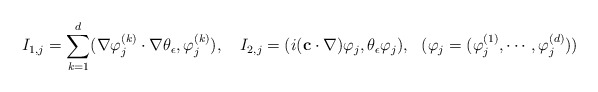
\begin{align*}I_{1,j}=\sum_{k=1}^d(\nabla \varphi_{j}^{(k)}\cdot \nabla \theta_{\epsilon},\varphi_{j}^{(k)}),\ \ \ I_{2,j}=(i(\mathbf{c}\cdot \nabla)\varphi_j,\theta_{\epsilon}\varphi_j),\ \ (\varphi_j=(\varphi_j^{(1)},\cdots,\varphi_j^{(d)}))\end{align*}